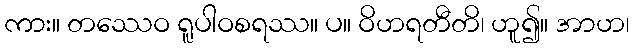
ကား။ တဿေဝ ရူပါဝစရဿ။ ပ။ ဝိဟရတီတိ၊ ဟူ၍။ အာဟ၊